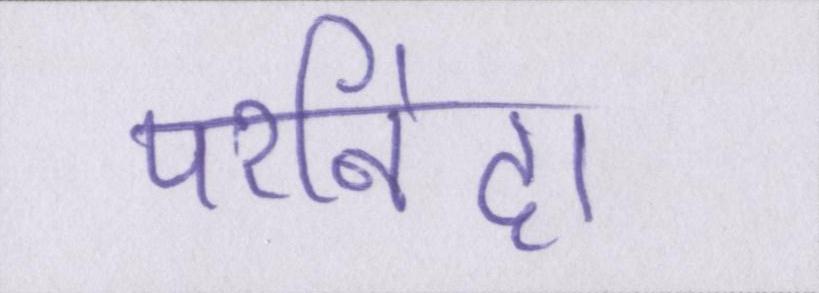
परनिंदा